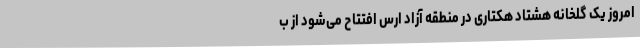
امروز یک گلخانه هشتاد هکتاری در منطقه آزاد ارس افتتاح می‌شود از ب